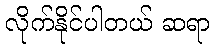
လိုက်နိုင်ပါတယ် ဆရာ